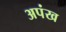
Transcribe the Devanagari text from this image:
अपंख